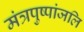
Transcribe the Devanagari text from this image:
मंत्रपुष्पांजलि